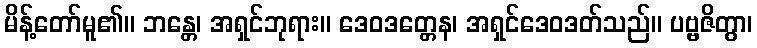
မိန့်တော်မူ၏။ ဘန္တေ၊ အရှင်ဘုရား။ ဒေဝဒတ္တေန၊ အရှင်ဒေဝဒတ်သည်။ ပဗ္ဗဇိတွာ၊